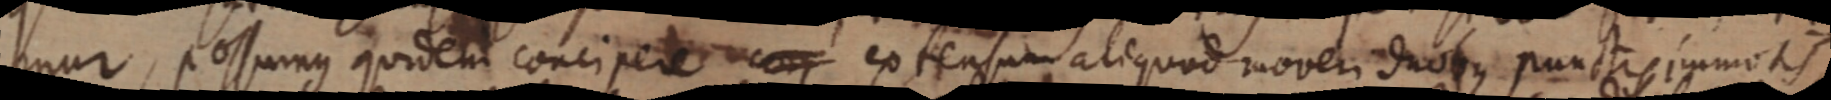
mur, possumus quidem concipere extensum aliquod moveri duobus punctis immotis